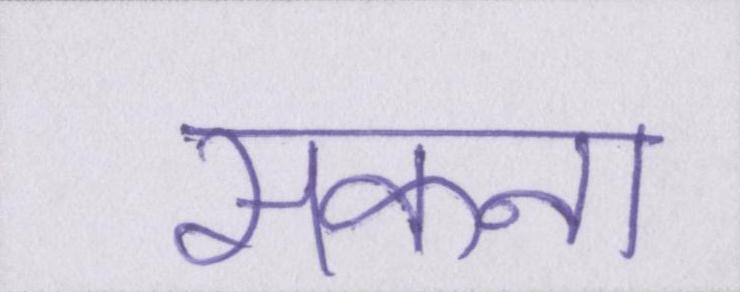
सकना